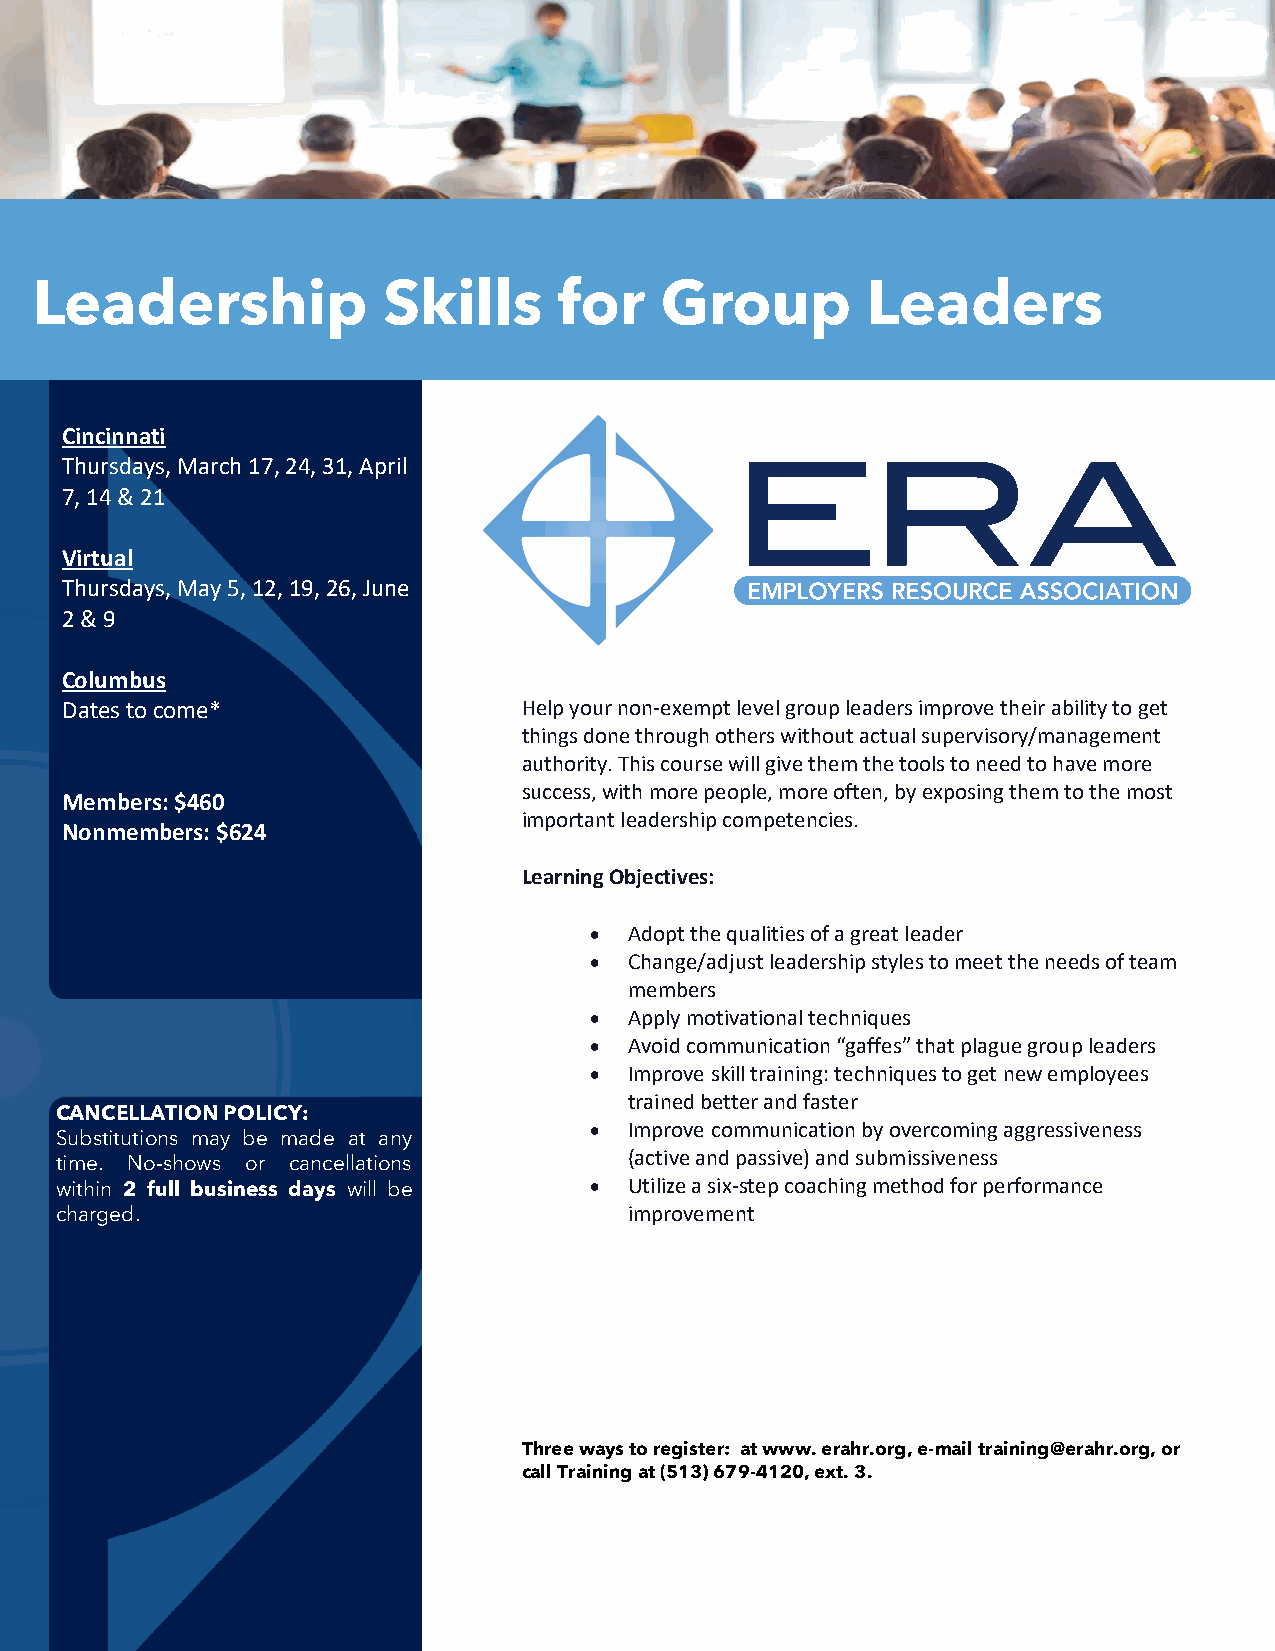
Leadership             Skills      for    Group        Leaders
 Cincinnati
 Thursdays, March 17, 24, 31, April
 7, 14 & 21
 Virtual
 Thursdays, May 5, 12, 19, 26, June
 2 & 9
 Columbus
 Dates to come*                 Help your non-exempt level group leaders improve their ability to get
 things done through others without actual supervisory/management
 authority. This course will give them the tools to need to have more
 success, with more people, more often, by exposing them to the most
 Members: $460
 important leadership competencies.
 Nonmembers: $624
 Learning Objectives:
 •  Adopt the qualities of a great leader
 •  Change/adjust leadership styles to meet the needs of team
 members
 •  Apply motivational techniques
 •  Avoid communication “gaffes” that plague group leaders
 •  Improve skill training: techniques to get new employees
 trained better and faster
 CANCELLATION POLICY:
 •  Improve communication by overcoming aggressiveness
 Substitutions may be made at any
 (active and passive) and submissiveness
 time. No-shows or cancellations
 within 2 full business days will be • Utilize a six-step coaching method for performance
 charged.                              improvement
 Three ways to register: at www. erahr.org, e-mail training@erahr.org, or
 call Training at (513) 679-4120, ext. 3.